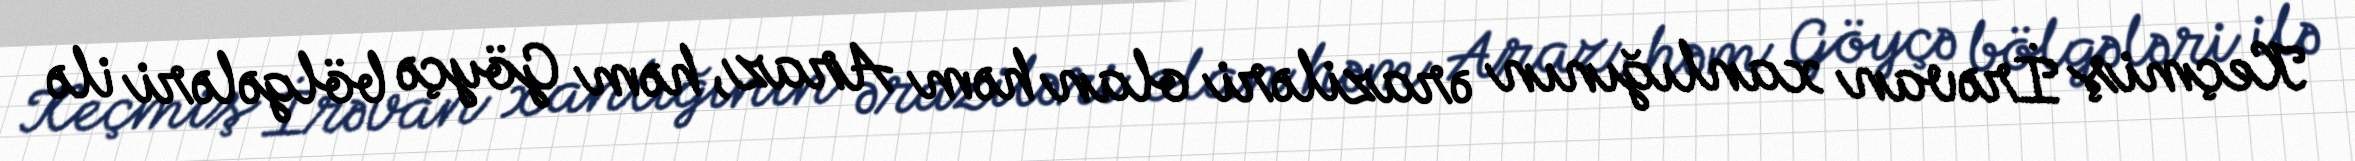
Keçmiş İrəvan xanlığının əraziləri olan həm Araz, həm Göyçə bölgələri ilə